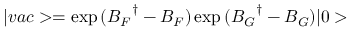
| v a c > = \exp { ( { B _ { F } } ^ { \dagger } - B _ { F } ) } \exp { ( { B _ { G } } ^ { \dagger } - B _ { G } ) } | 0 >